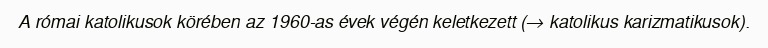
A római katolikusok körében az 1960-as évek végén keletkezett (→ katolikus karizmatikusok).